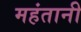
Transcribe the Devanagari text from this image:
महंतानी